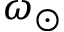
\omega _ { \odot }